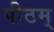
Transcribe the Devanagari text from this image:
पीठम्